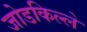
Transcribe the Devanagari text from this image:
जोडकिल्ले